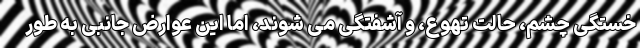
خستگی چشم، حالت تهوع، و آشفتگی می شوند، اما این عوارض جانبی به طور